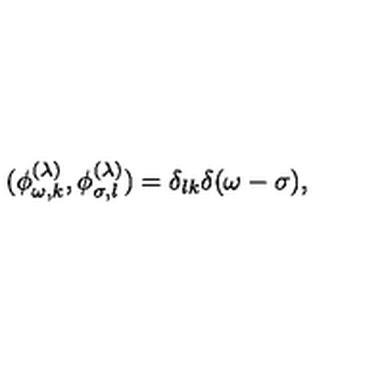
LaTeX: ( \phi _ { \omega , k } ^ { ( \lambda ) } , \phi _ { \sigma , l } ^ { ( \lambda ) } ) = \delta _ { l k } \delta ( \omega - \sigma ) ,